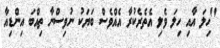
"ހިލަ އާއި ހިލަ ވެލި އެތެރެކުރާ އެއްވެސް ބަޔަކު ނުވިސްނާ ތިއްބަ އިންޑިއާ